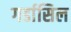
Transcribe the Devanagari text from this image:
गर्डासिल